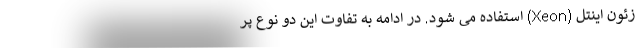
زئون اینتل (Xeon) استفاده می شود. در ادامه به تفاوت این دو نوع پر